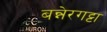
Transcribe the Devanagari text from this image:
बन्नेरगट्टा